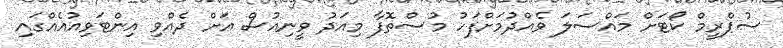
ސުޕްރީމް ކޯޓަށް މައްސަލަ ވެއްދުމަށްފަހު މުސްތޮފާ މިއަދު ވީނިއުސް އަށް ދެއްވި އިންޓަވިއުއެއްގައި